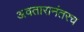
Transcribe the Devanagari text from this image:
अवतारानंतरच